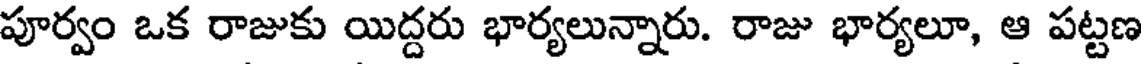
పూర్వం ఒక రాజుకు యిద్దరు భార్యలున్నారు. రాజు భార్యలూ, ఆ పట్టణ